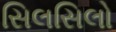
સિલસિલો